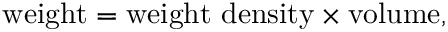
{ \mathrm { w e i g h t } } = { \mathrm { w e i g h t ~ d e n s i t y } } \times { \mathrm { v o l u m e } } ,